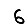
Digit: 6